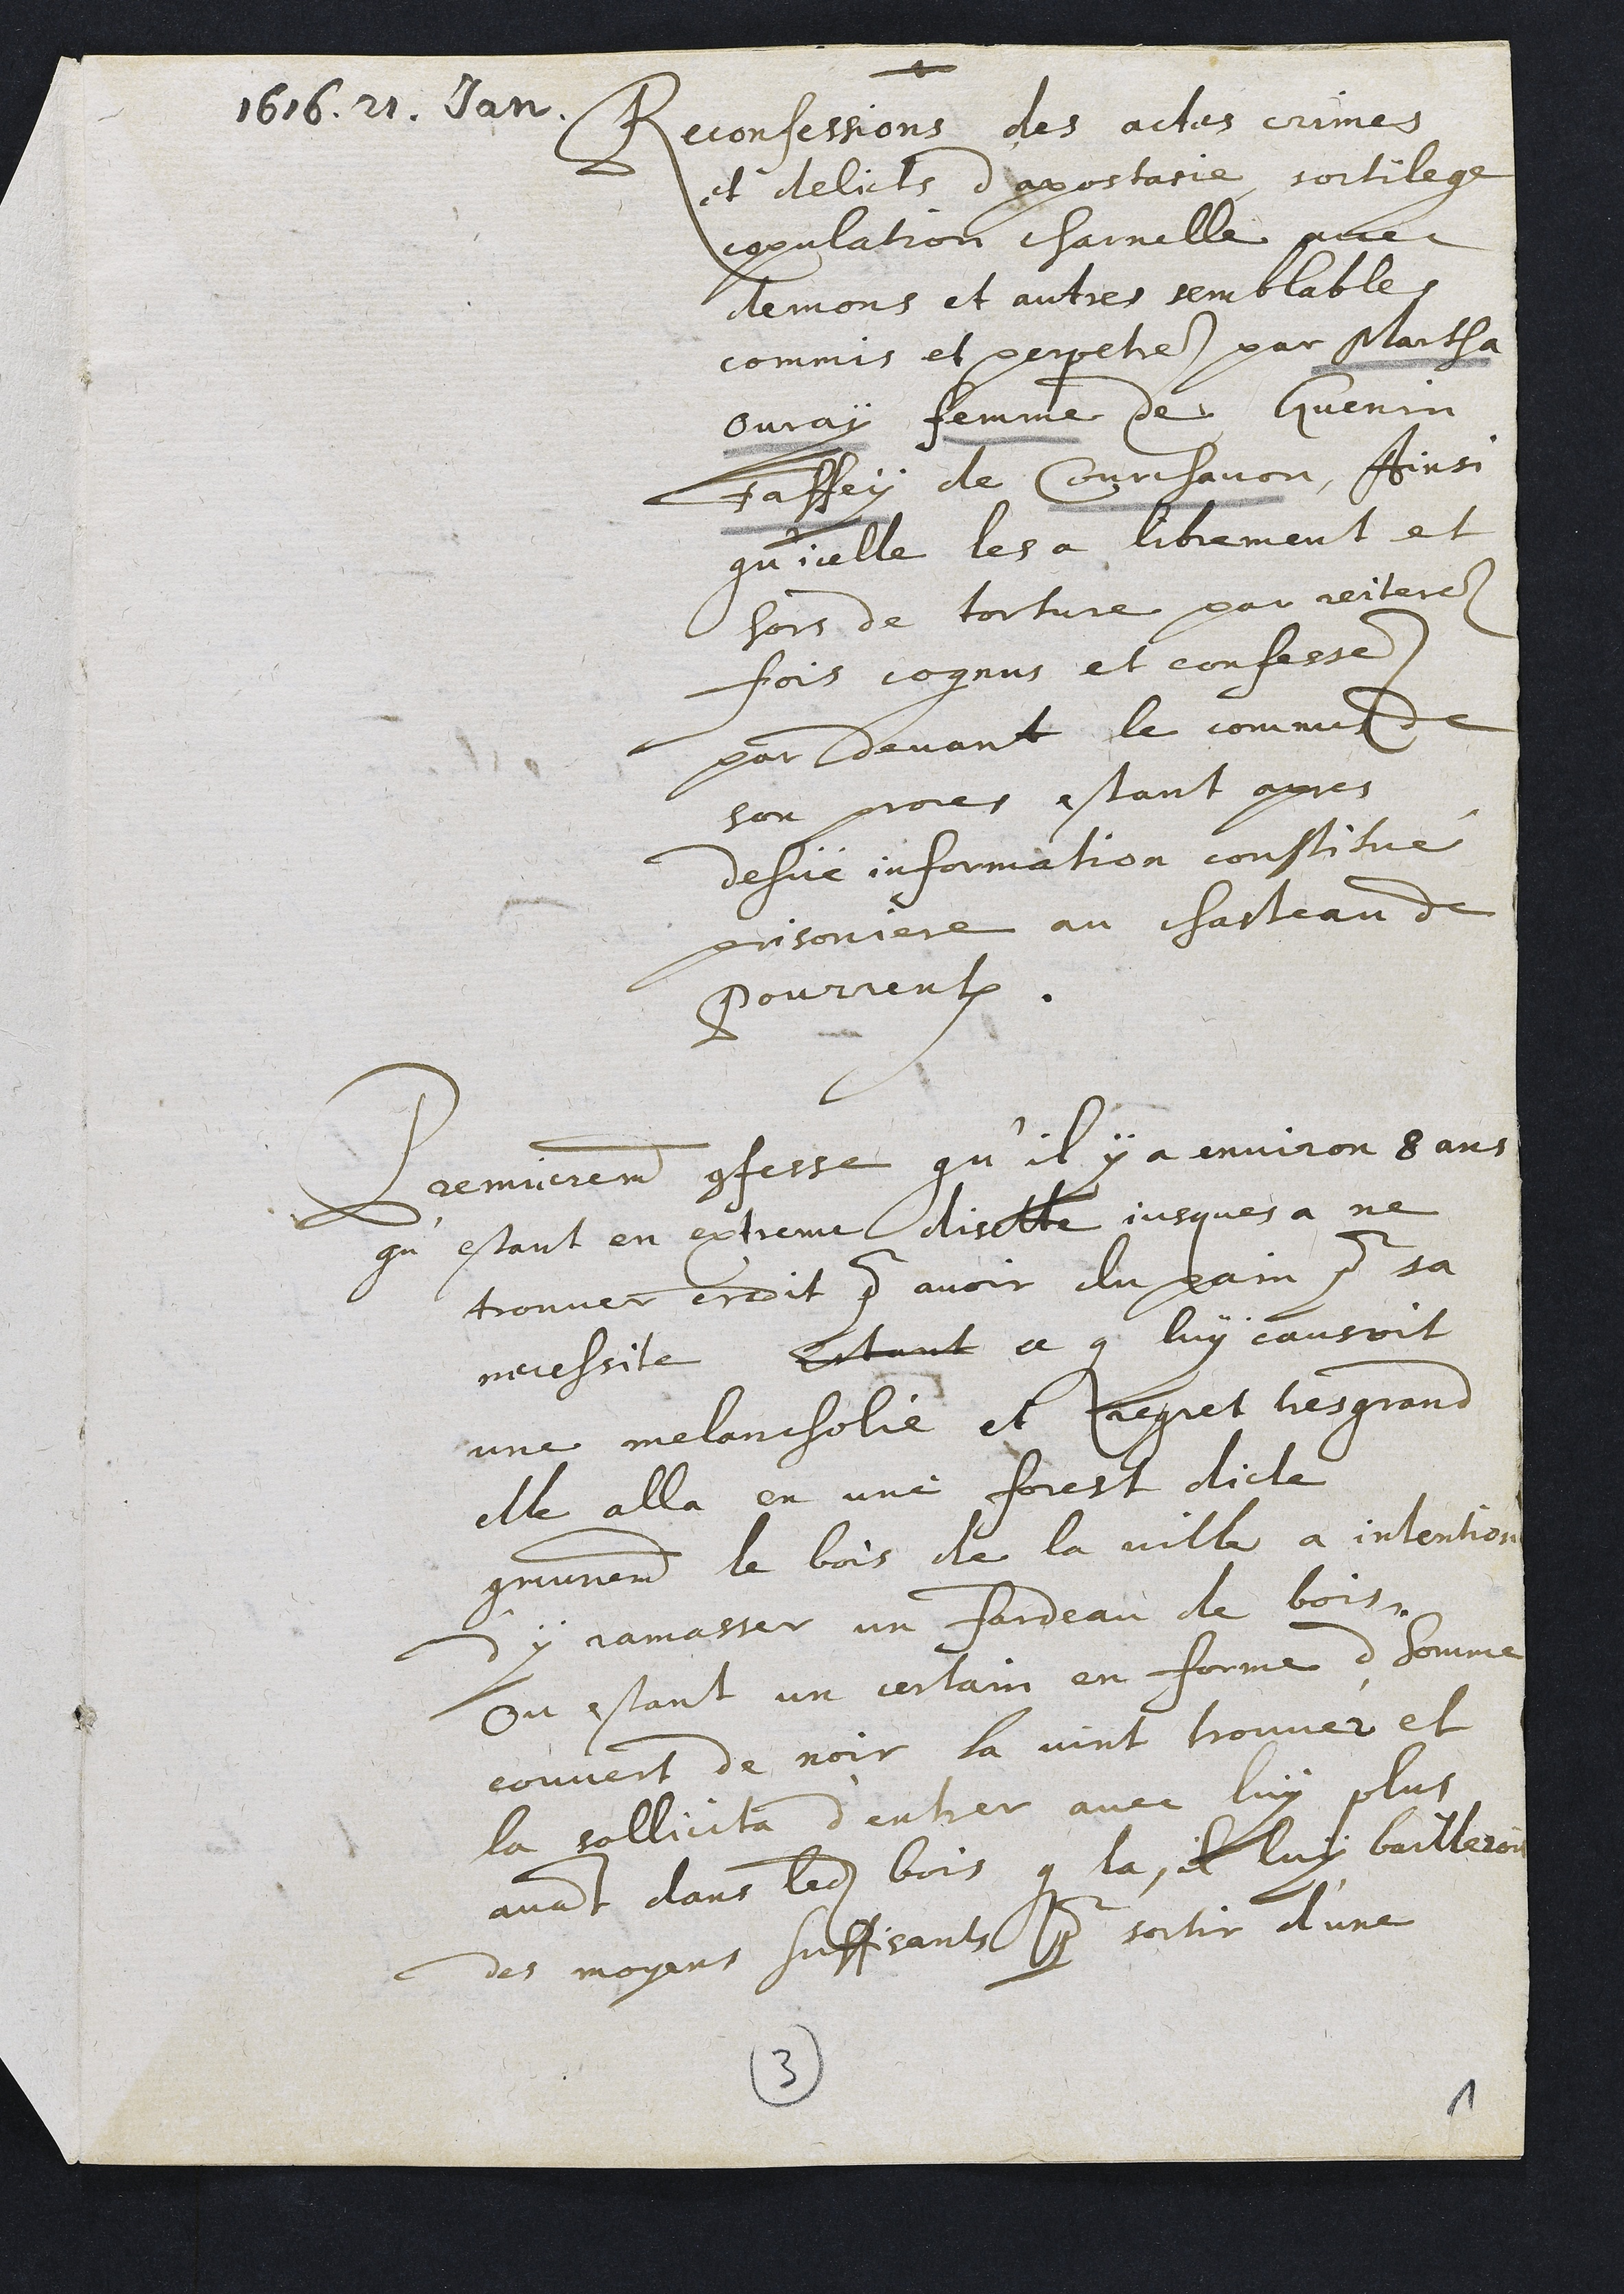
1616. 21. Jan
Reconfessions des actes crimes
et delicts d'epostaie sortilege
eppulation charnelle pue
demons et autres semblables
commis et perpetrez par martha
Guray femme de Guenin
Faffey de Courchavon, Ainsi
qu'icelle les a litrement et
hors de torture par reitere
fois cognus et confesse.
par devant le comme
son proces estant apres
desvé information constitue
prisoniere au chasteau d
Pourrentruy
Premierement onffesse qu'il y a environ 8ans
qu’estant en extreme disette jusques a ne
trouver croit pour avoir du pain pour sa
necessite Estant ce que luy causoit
une melancholié et Preguet tes grans
elle alla en une forest dicte
communement le bois de la ville a intention
y jamasser un Fardeau de bois.
Ou estant un certain en forme d'homme
couvert de noir la vint trouver et
la sollicita d'entrer avec luy plus
avant dans ledit bois que la it luy bailleron
des moyens suffisants pour sortir d'une